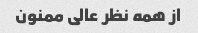
از همه نظر عالی ممنون